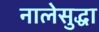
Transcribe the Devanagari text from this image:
नालेसुद्धा